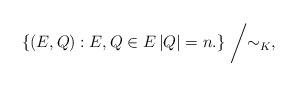
LaTeX: \begin{align*} \left\{ (E,Q): E, Q\in E \left|Q\right|=n. \right\}\biggm/\sim_{K}, \end{align*}